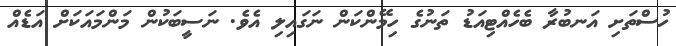
ހުސްތަށި އަނބުރާ ބެހެއްޓިއަޑު ތަނުގެ ހިމޭންކަން ނަގައިލި އެވެ. ނަސީބަކުން މަންމައަކަށް އަޑެއް